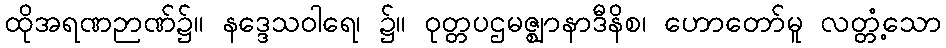
ထိုအရဏဉာဏ်၌။ နဒ္ဒေသဝါရေ၊ ၌။ ဝုတ္တပဌမဇ္ဈာနာဒီနိစ၊ ဟောတော်မူ လတ္တံ့သော